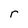
Character: r